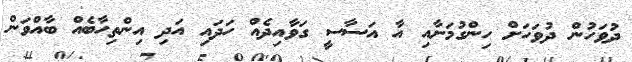
ދުވަހުން ދުވަހަށް ހިންގުމަށާއި އާ އަސާސީ ގަވާއިދެއް ހަދައި އަދި އިންތިހާބެއް ބާއްވަން